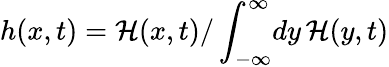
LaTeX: h(x,t)=\mathcal{H}(x,t)/\int_{-\infty}^{\infty}\! dy\, \mathcal{H}(y,t)